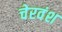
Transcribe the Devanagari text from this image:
चेरवंश